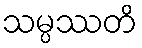
သမ္ပဿတိ